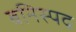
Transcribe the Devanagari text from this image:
बनिस्पद